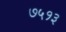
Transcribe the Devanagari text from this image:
७५१३